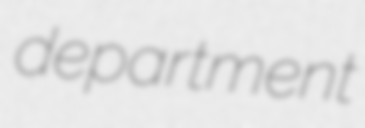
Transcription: department